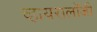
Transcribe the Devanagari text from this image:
व्हायरालॉजी